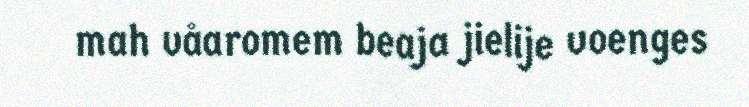
mah våaromem beaja jielije voenges